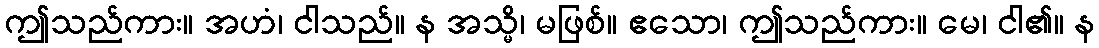
ဤသည်ကား။ အဟံ၊ ငါသည်။ န အသ္မိ၊ မဖြစ်။ ဧသော၊ ဤသည်ကား။ မေ၊ ငါ၏။ န